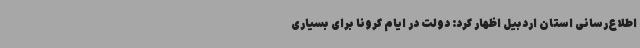
اطلاع‌رسانی استان اردبیل اظهار کرد: دولت در ایام کرونا برای بسیاری